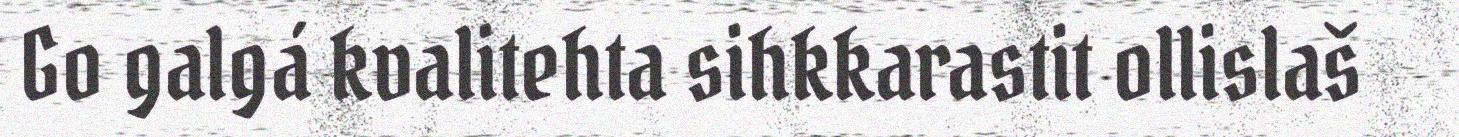
Go galgá kvalitehta sihkkarastit ollislaš